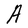
Character: A